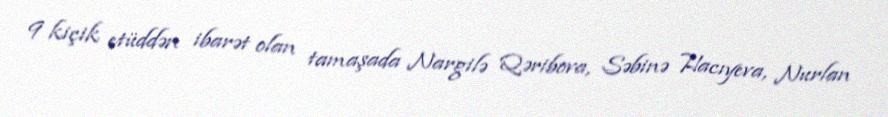
9 kiçik etüddən ibarət olan tamaşada Nargilə Qəribova, Səbinə Hacıyeva, Nurlan